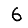
Digit: 6